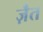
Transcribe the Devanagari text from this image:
ज़ैत